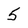
Character: 5